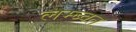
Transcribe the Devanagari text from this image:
लम्ब्वत